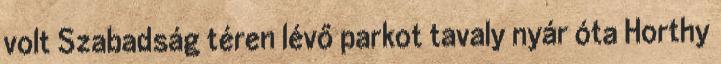
volt Szabadság téren lévő parkot tavaly nyár óta Horthy